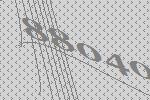
88040